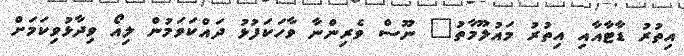
އިތުރު ޑާޓާއާއި އިތުރު މައުލޫމާތު" ނޫސް ވެރިންނާ ވާހަކަފުޅު ދައްކަވަމުން ލިއޯ ވިދާޅުވިކަމަށް